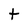
Character: t